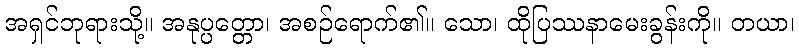
အရှင်ဘုရားသို့။ အနုပ္ပတ္တော၊ အစဉ်ရောက်၏။ သော၊ ထိုပြဿနာမေးခွန်းကို။ တယာ၊